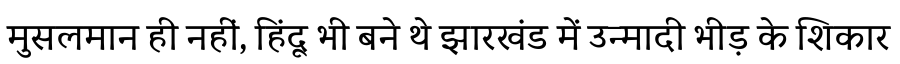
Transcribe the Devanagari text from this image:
मुसलमान ही नहीं, हिंदू भी बने थे झारखंड में उन्मादी भीड़ के शिकार